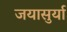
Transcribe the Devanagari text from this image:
जयासुर्या